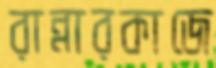
রান্নারকাজে